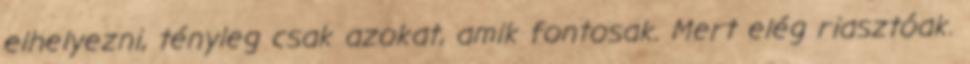
elhelyezni, tényleg csak azokat, amik fontosak. Mert elég riasztóak.